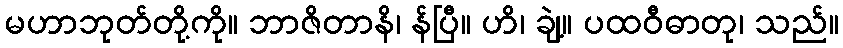
မဟာဘုတ်တို့ကို။ ဘာဇိတာနိ၊ န်ပြီ။ ဟိ၊ ချဲ့။ ပထဝီဓာတု၊ သည်။